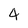
Character: 4